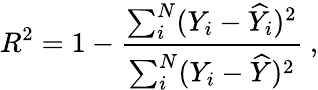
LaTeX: R^{2}=1-\frac{\sum_{i}^{N}(Y_{i}-\widehat{Y}_{i})^{2}}{\sum_{i}^{N}(Y_{i}-\widehat{Y})^{2}}\ ,